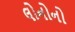
લોનોનો